Vaccination in Bombay 1874-1876 - 1874-1876
Year: 1874
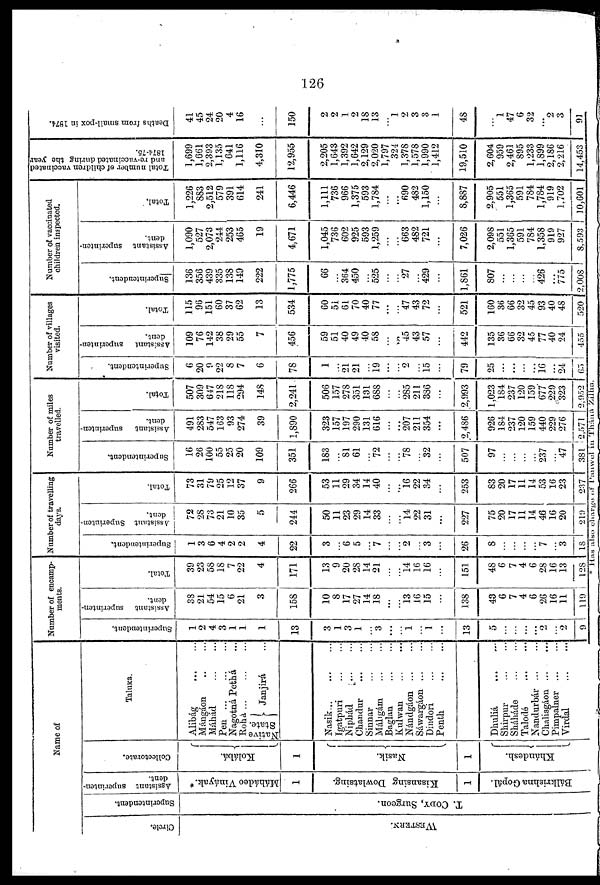
126
Name of
Circle.
WESTERN.
Superintendent.
T. CODY, Surgeon.
Assistant superinten-
dent.
Máhádeo Vináyak.*
1
Kisansing Dowlatsing.
1
Bálkrishna Gopâl.
Collectorate.
Kolábá.
1
Nasik.
1
Khándesh.
Taluka.
Alibág
...
...
Mángáon
...
...
Máhád
...
...
Pen...
...
...
Nagotná Pethá ...
Rohá...
...
...
Native
State.
Janjirá ...
Nasik...
...
...
Igatpuri
...
...
Niphád ... ...
Chandur
...
...
Sinnar
...
...
Máligám
...
...
Baglan ... ...
Kulwan
...
...
Nándgáon ... ...
Sáwargáon ... ...
Dindori ... ...
Penth
...
...
Dhuliá
...
...
Shirpur
...
...
Sháháde
...
...
Talodé
...
...
Nandurbár...
...
Chalisgáon...
...
Pimpalner ... ...
Virdal
...
...
Number of encamp-
ments.
Superintendent.
1
2
4
3
1
1
1
13
3
1
3
1
...
3
...
...
1
...
1
...
13
5
...
...
...
...
2
...
2
9
Assistant superinten-
dent.
38
21
54
15
6
21
3
158
10
8
17
27
14
18
...
...
13
16
15
...
138
43
6
7
4
6
26
16
11
119
Total.
39
23
58
18
7
22
4
171
13
9
20
28
14
21
...
...
14
16
16
...
151
48
6
7
4
6
28
16
13
128
Number of travelling
day's.
Superintendent.
1
3
6
4
2
2
4
22
3
...
6
5
...
7
...
...
2
...
3
...
26
8
...
...
...
...
7
...
3
18
Assistant Superinten-
dent.
72
28
73
21
10
35
5
244
50
11
23
29
14
33
...
...
14
22
31
...
227
75
20
17
11
14
46
16
20
219
Total.
73
31
79
25
12
37
9
266
53
11
29
34
14
40
...
...
16
22
34
...
253
83
20
17
11
14
53
16
23
237
Number of miles
travelled.
Superintendent.
16
26
100
55
25
20
109
351
183
...
81
61
...
72
...
...
78
...
32
...
507
97
...
...
...
...
237
...
47
381
Assistant superinten-
dent.
491
283
547
163
93
274
39
1,890
323
157
197
290
131
616
...
...
207
211
354
...
2,486
926
184
237
120
159
440
229
276
2,571
Total.
507
309
647
218
118
294
148
2,241
506
157
278
351
131
688
...
...
285
211
386
...
2,993
1,023
184
237
120
159
677
229
323
2,952
Number of villages
visited.
Superintendent.
6
20
9
22
8
7
6
78
1
...
21
21
...
19
...
...
2
...
15
...
79
25
...
...
...
...
16
...
24
65
Assistant
superinten-
dent.
109
76
142
38
29
55
7
456
59
51
40
49
40
58
...
...
45
43
57
...
442
135
36
66
32
45
77
40
24
455
Total.
115
96
151
60
37
62
13
534
60
51
61
70
40
77
...
...
47
43
72
...
521
160
36
66
32
45
93
40
48
520
Number of vaccinated
children inspected.
Superintendent.
136
356
439
335
138
149
222
1,775
66
...
364
450
...
525
...
...
27
...
429
...
1,861
807
...
...
...
...
426
...
775
2,008
Assistant superinten-
dent.
1,090
527
2,073
244
253
465
19
4,671
1,045
736
602
925
593
1,259
...
...
663
482
721
...
7,026
2,098
551
1,365
591
784
1,358
919
927
8,593
Total.
1,226
883
2,512
579
391
614
241
6,446
1,111
736
966
1,375
593
1,784
...
...
690
482
1,150
...
8,887
2,905
551
1,365
591
784
1,784
919
1,702
10,601
Total number of children vaccinated
and re-vaccinated during the year
1874-75.
1,699
1,661
2,393
1,135
641
1,116
4,310
12,955
2,205
1,643
1,392
1,642
2,129
2,020
1,797
324
1,378
1,578
1,990
1,412
19,510
2,604
959
2,461
895
1,233
1,899
2,186
2,216
14,453
Deaths from small-pox in 1874.
41
45
24
20
4
16
...
150
2
2
1
2
18
13
...
1
2
3
3
1
48
...
1
47
6
32
...
2
3
91
* Has also charge of Panwel in Tháná Zilha.